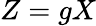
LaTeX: Z=gX